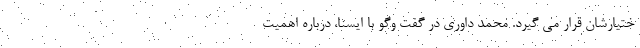
ختیارشان قرار می گیرد. محمد داوری در گفت وگو با ایسنا، درباره اهمیت